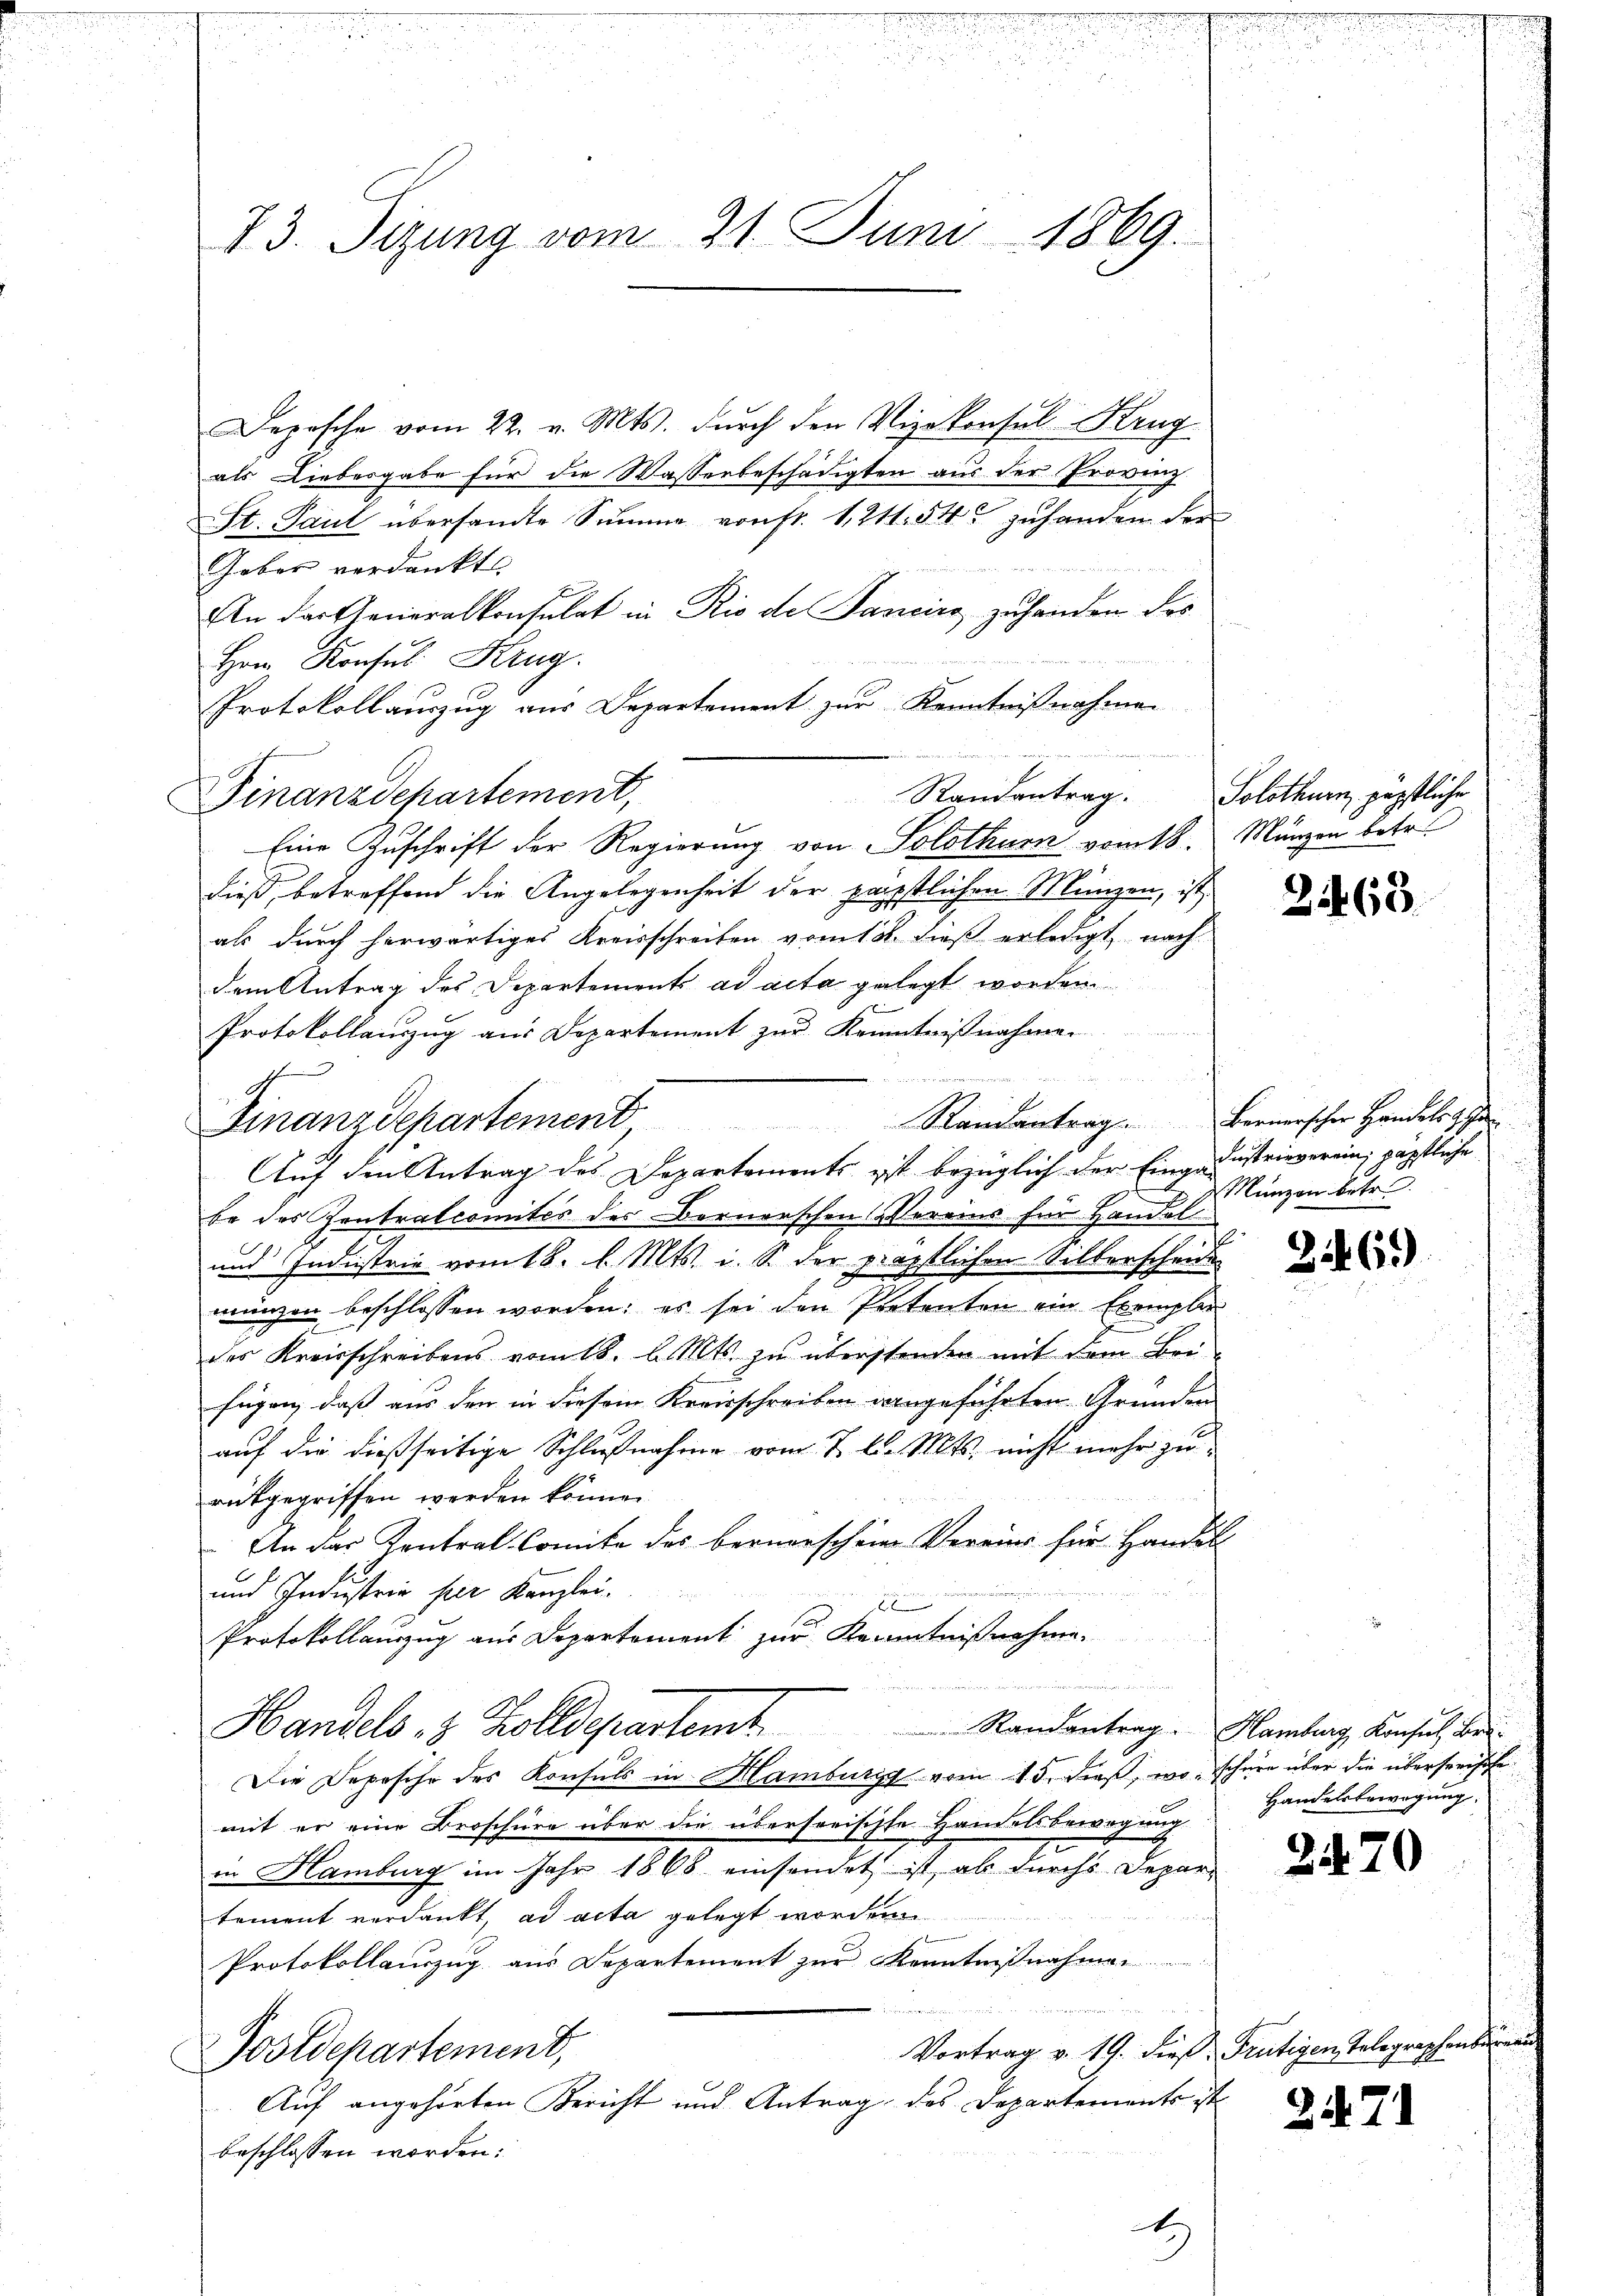
73. Sitzung vom 21. Juni 1869.

Depesche vom 22. v. Mts. dŭrch den Vizekonsul-Krug
als Liebesgabe für die Wasserbeschädigten aus der Provinz
St. Paul übersandte Summe von fr. 1, 211. 545 zuhanden der
Gaber verdankt
An der Generalkonsulat in Rio de Sancirs zuhanden des
Herr Konsul Krug
Protokollauszug aus Departement zur Kenntnißnahmen
Randantrag. Solothurn, päpstliche
Finanzdepartement,
Eine Zuschrift der Regierung von Solothurn vom 18. Märzen betr.
dieß, betreffend die Angelegenheit der päpstlichen Münzen, ist
als durch herwärtiges Kreisschreiben vom 12. dieß erledigt, nach
dem Antrag des Departements ad acta gelegt worden
Protokollauszug aus Departement zur Kenntnißnahmen
be des Zentralcomités des Bernerschen Vereins für Handel
und Industrie vom 18. d. Mts. i. S. der präpstlichen Silberscheide
wänzen beschlossen worden; es sei den Pretenten ein Exemplar
des Kreisschreibens vom 18. d. Mts. zu überstenden mit dem Bei-
fügen, daß aus den in diesem Kreisschreiben angeführten Gründen
auf die dießseitige Schlußnahmer vom 7. d. Mts. nicht mehr zu
rückgegriffen werden könne.
An das Kontral-Comite des bernerschene Vereins für Handel
und Industria per Kanzlei.
2 x
Protokollauszug aus Departement zur Kenntnißnahme.
u
Handels, 3. Zolldepartem
Randantrag. Hamburg Konsul bei¬
Die Depesche des Konsuls in Hamburg vom 15. dieß, wo schnen über die überseeische
mit er eine Broschüre über die übersorischte Handelsbewegung
in Hamburg im Jahr 1868 einsendet ist, als durchs Depar-
tement verdankt, ad acta gelegt worden.
Protokollauszug aus Departement zŭr Kenntniβnahmen
Vortrag v. 19. dieß. Frutigen Telegraphenbure
Postdepartement,
Auf angehörten Bericht und Antrag des Departements ist
beschlossen worden:
.

Finanzdepartement Randantrag. Bernerscher Handelt ha
Auf den Antrag des Departements ist bezüglich der Eingedustrieverein; päpstliche

Münzen betr

2463.

2146)

Handelsbewegung.

2570

2471